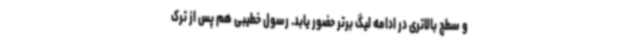
و سطج بالاتری در ادامه لیگ برتر حضور یابد. رسول خطیبی هم پس از ترک